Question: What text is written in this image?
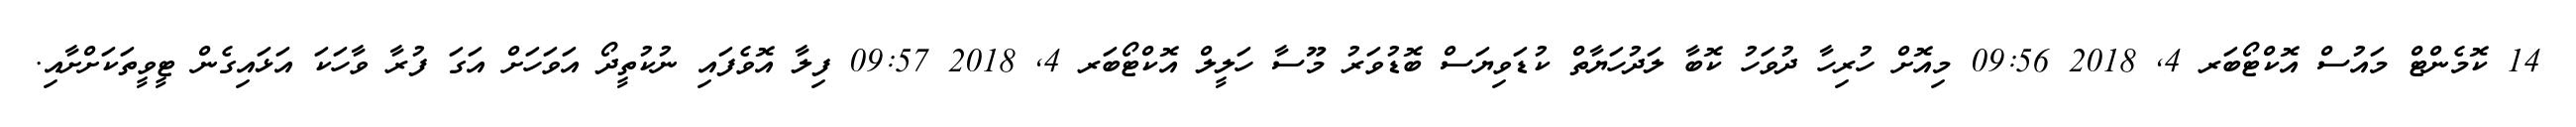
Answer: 14 ކޮމެންޓް މައުސް އޮކްޓޯބަރ 4, 2018 09:56 މިއޮށް ހުރިހާ ދުވަހު ކޮބާ ލަދުހަޔާތް ކުޑަވިޔަސް ބޮޑުވަރު މޫސާ ހަލީލް އޮކްޓޯބަރ 4, 2018 09:57 ފިލާ އޮވެފައި ނުކުތީދޯ އަވަހަށް އަގަ ފުރާ ވާހަކަ އަޅައިގެން ޓީވީތަކަށްށާއި.